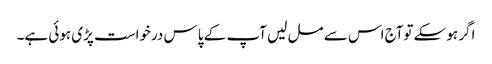
اگر ہوسکے توآج اس سے مل لیں آپ کے پاس درخواست پڑی ہوئی ہے۔